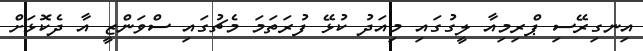
އިނގިރޭސި ޕްރިމިއާ ލީގުގައި މިއަދު ކުޅޭ ފުރަތަމަ މެޗުގައި ސްވަންޒީ އާ ދެކޮޅަށް